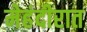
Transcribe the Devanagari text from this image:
मेहंदीरात